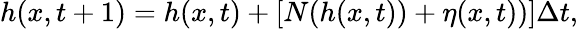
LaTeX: h(x,t+1)=h(x,t)+[N(h(x,t))+\eta(x,t))]\Delta t,